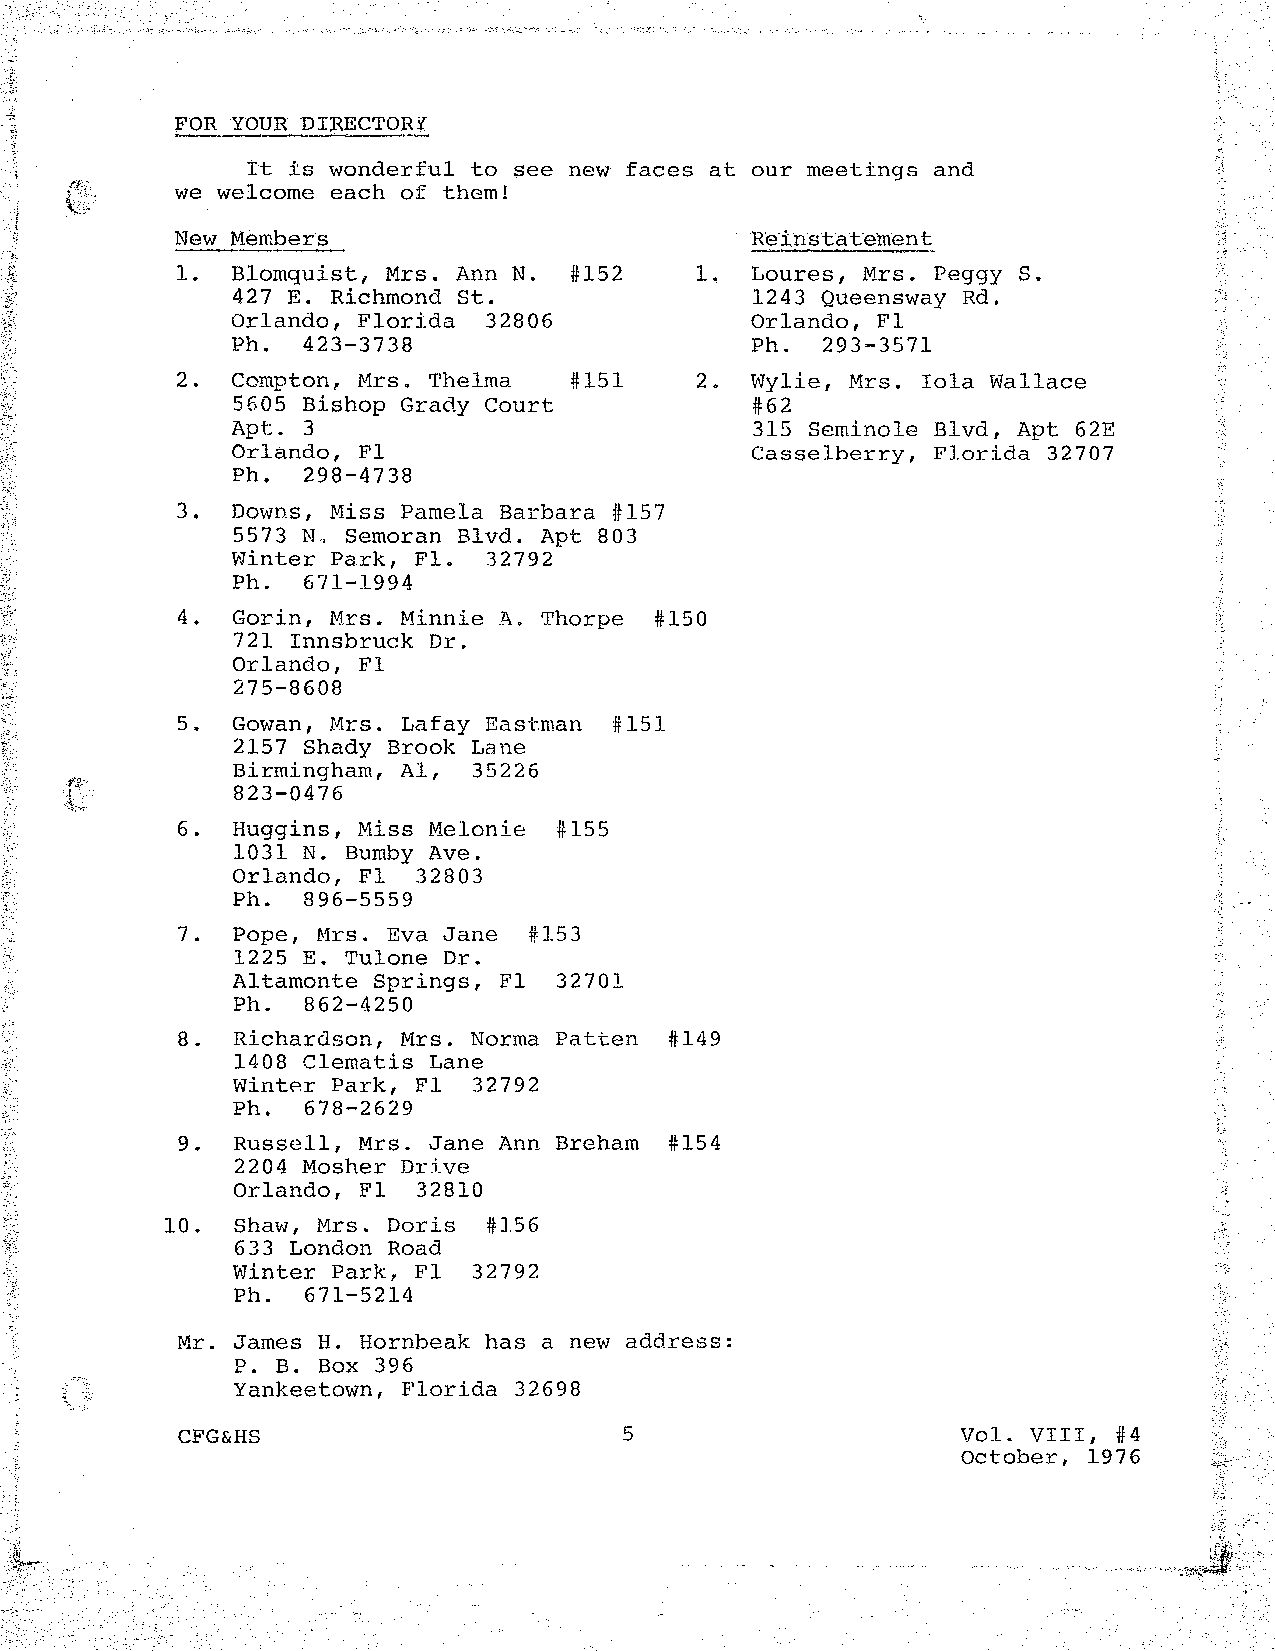
FOR YOUR DIRECTORY
 It ±s wonderful to see new faces at our meetings and
 we welcome each of them!
 New Members                           Reinstat·ernent
 1. Blomquist, Mrs. Ann N. #152    1.  Loures, Mrs. Peggy S.
 427 E. Richmond St.                1243 Queensway Rd.
 Orlando, Florida 32806             Orlando, Fl
 Ph.  423-3738                      Ph. 293-3571
 2. Compton, Mrs. Thelma   #151    2.  Wylie, Mrs. Iola Wallace
 5605 Bishop Grady Court            #62
 Apt. 3                             315 Seminole Blvd, Apt 62E
 Orlando, Fl                        Casselberry, Florida 32707
 Ph.  298-4 7 38
 3. Downs, Miss Pamela Barbara #157
 5573 N" Semoran Blvd. Apt 803
 Winter Park, Fl. 32792
 Ph.  671-1994
 4. Gorin, Mrs. Minnie A. Thorpe #150
 721 Innsbruck Dr.
 Orlando, Fl
 275-8608
 5. Gowan, fllrs. Lafay Eastman #151
 2157 Shady Brook Lane
 Birmingham, Al, 35226
 823-0476
 6. Huggins, Miss Melanie #155
 1031 N. Bumby Ave.
 Orlando, Fl  32803
 Ph.  8 96-5559
 7. Pope, Mrs. Eva Jane #153
 1225 E. Tulane Dr.
 Altamonte Springs, Fl 32701
 Ph.  862-4250
 8. Richardson, Mrs. Norma Patten #149
 1408 Clematis Lane
 Wint~r Park, Fl 32792
 Ph.  678-2629
 9. Russell, Mrs. Jane Ann Breham #154
 2204 Mosher Drive
 Orlando, Fl  32810
 10. Shaw, Mrs. Doris #156
 633 London Road
 Winter Park, Fl 32792
 Ph. 671-5214
 Mr. James H. Hornbeak has a new address:
 P. B. Box 396
 Yankeetown, Florida 32698
 CFG&HS                       5                      Vol. VIII, #4
 October, 1976